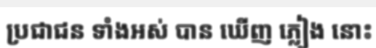
ប្រជាជន ទាំងអស់ បាន ឃើញ ភ្លៀង នោះ